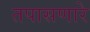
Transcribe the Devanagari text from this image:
तपासणारे